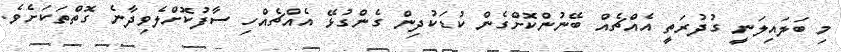
މި ބަލައިލަނީ ގުދުރަތީ އެއްޗެއް ބޭނުންކޮށްގެން ކުޑަކުދިން ގެންގުޅޭ އެއްޗެއްހި ސާފުކޮށްލެވިދާނެ ގޮތްތަކަށެވެ.